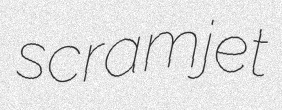
scramjet